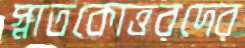
স্নাতকোত্তরদের